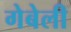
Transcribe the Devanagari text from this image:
गेबेली